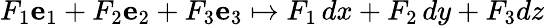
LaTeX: F_{1}\mathbf{e}_{1}+F_{2}\mathbf{e}_{2}+F_{3}\mathbf{e}_{3}\mapsto F_{1}\, dx+F_{2}\, dy+F_{3}dz